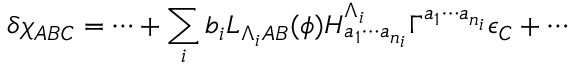
\delta \chi _ { A B C } = \cdots + \sum _ { i } b _ { i } L _ { \Lambda _ { i } A B } ( \phi ) H _ { a _ { 1 } \cdots a _ { n _ { i } } } ^ { \Lambda _ { i } } \Gamma ^ { a _ { 1 } \cdots a _ { n _ { i } } } \epsilon _ { C } + \cdots